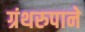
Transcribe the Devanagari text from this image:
ग्रंथरुपाने